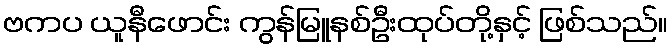
ဗကပ ယူနီဖောင်း ကွန်မြူနစ်ဦးထုပ်တို့နှင့် ဖြစ်သည်။